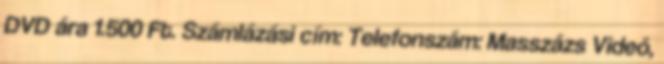
DVD ára 1.500 Ft. Számlázási cím: Telefonszám: Masszázs Videó,